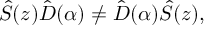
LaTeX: { \hat { S } } ( z ) { \hat { D } } ( \alpha ) \neq { \hat { D } } ( \alpha ) { \hat { S } } ( z ) ,